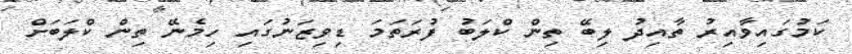
ކަމުގައިވާއިރު ތާއިދު ލިބޭ ތިން ކްލަބު ފުރަތަމަ ޑިވިޒަނުގައި ހިމެނޭ ތިން ކްލަބަށް